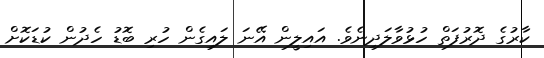
ކާރުގެ ދޮރުފަތް ހުޅުވާާލަދިނެވެ. އައިލީން އޭނަ ލައިގެން ހުރި ބޮޑު ހެދުން ކުޑަކޮށް